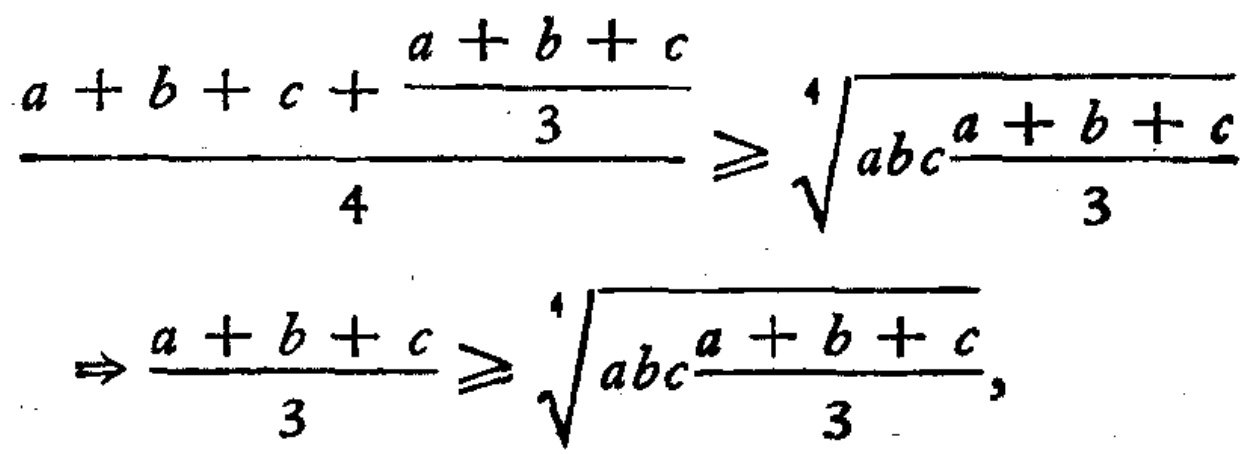
\[\frac{a + b + c+\frac{a + b + c}{3}}{4}\geq\sqrt[4]{abc\frac{a + b + c}{3}}\]

\[\Rightarrow\frac{a + b + c}{3}\geq\sqrt[4]{abc\frac{a + b + c}{3}},\]